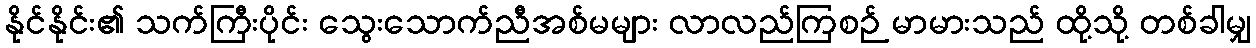
နိုင်နိုင်း၏ သက်ကြီးပိုင်း သွေးသောက်ညီအစ်မများ လာလည်ကြစဉ် မာမားသည် ထို့သို့ တစ်ခါမျှ